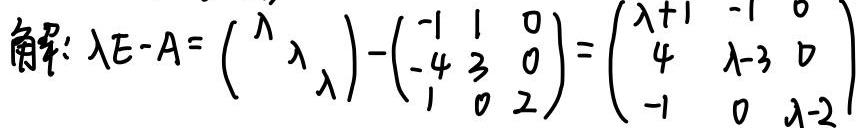
解: \[
\lambda E - A =
\begin{pmatrix}
\lambda & & \\
& \lambda & \\
& & \lambda
\end{pmatrix} -
\begin{pmatrix}
-1 & 1 & 0 \\
-4 & 3 & 0 \\
1 & 0 & 2
\end{pmatrix} =
\begin{pmatrix}
\lambda + 1 & -1 & 0 \\
4 & \lambda - 3 & 0 \\
-1 & 0 & \lambda - 2
\end{pmatrix}
\]